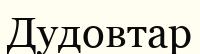
Дудовтар